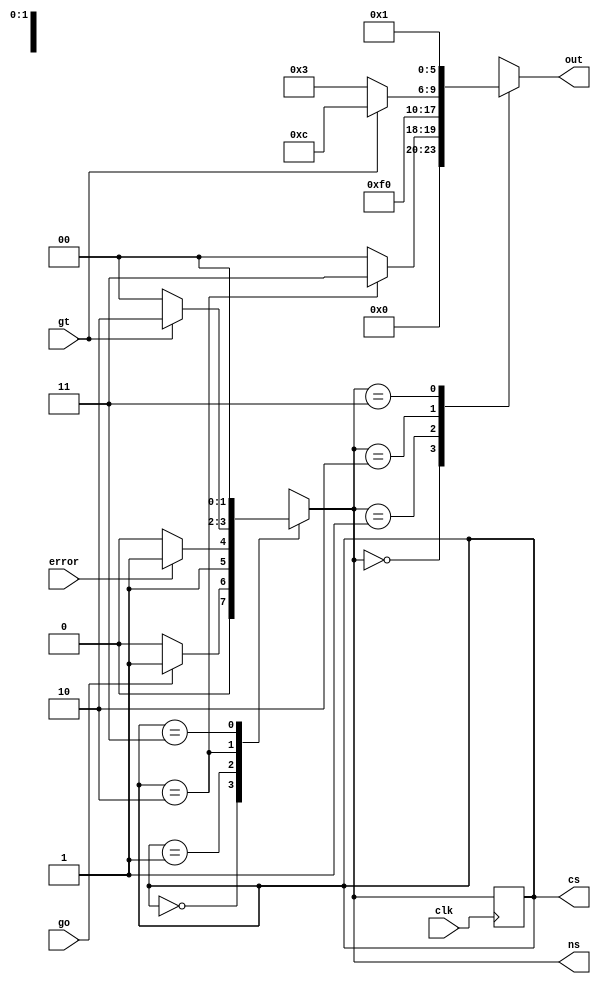
`timescale 1ns / 1ps
module control_unit(
    input clk,
    input go,
    input gt,
    input error,
    output reg [5:0] out,
    //Verification variables
    output reg [1:0] cs, ns
    );
    parameter IDLE = 2'b00, ST1 = 2'b01, ST2 = 2'b10, ERR = 2'b11;
    
    initial // start at IDLE;
        begin
            cs = IDLE;
        end
    
    always @ (cs,go,gt,error) // FSM state transitions
    begin
        case(cs)
            IDLE: begin // IF GO is active, go to ST1, if not stay idle
                if (go)
                    ns = ST1;
                else
                    ns = IDLE;
                end
            
            ST1: begin
                if (error)
                    ns = ERR;
                else
                    ns = ST2;
                end
            
            ST2: begin
                if (gt)
                    ns = ST2;
                else
                    ns = IDLE;
                end
            ERR: ns = IDLE;
            default: ns = IDLE;
        endcase
    end
    
    // Output logic combinatorial
    always @ (ns,cs,gt)
    begin
        case(ns)
            IDLE: //out = 6'b000000;
                begin
                    if(cs == ST2)
                        out = 6'b000011;
                    else
                        out = 6'b000000;
                end
                
            ST1: out = 6'b111100;
            
            ST2: begin
                if (gt == 1)
                    out = 6'b001100;
                else
                    out = 6'b000011;
                end
            ERR: out = 6'b000001;
        endcase
        #1;
    end
    
    // Sequential
    always @ (posedge clk)
        begin
            cs <= ns; // change states on positive edge clock
        end
endmodule